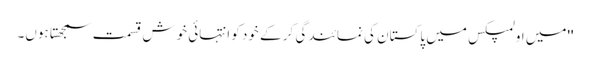
''میں اولمپکس میں پاکستان کی نمائندگی کر کے خود کو انتہائی خوش قسمت سمجھتا ہوں۔